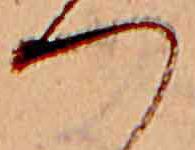
つ